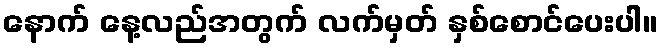
နောက် နေ့လည်အတွက် လက်မှတ် နှစ်စောင်ပေးပါ။